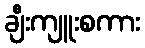
ချီးကျူးစကား